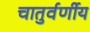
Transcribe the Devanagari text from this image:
चातुर्वर्णीय